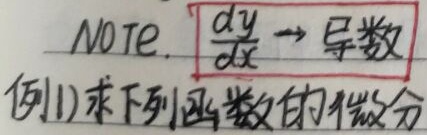
NOTE. \(\frac{dy}{dx}\to\) 导数

例1) 求下列函数的微分